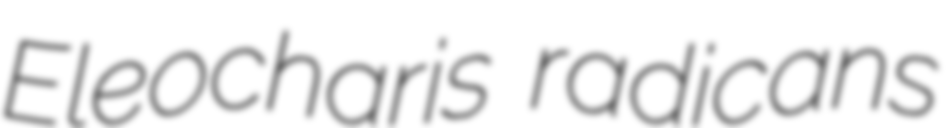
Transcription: Eleocharis radicans